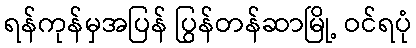
ရန်ကုန်မှအပြန် ပြွန်တန်ဆာမြို့ ဝင်ရပုံ